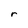
Character: r